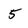
Character: 5